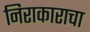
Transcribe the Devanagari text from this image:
निराकाराचा